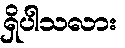
ရှိပါသလား